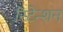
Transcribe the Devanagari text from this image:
रिटेन्शन